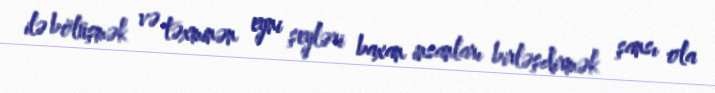
ilə bölüşmək və təxminən eyni şeyləri baxan insanları birləşdirmək şansı ola